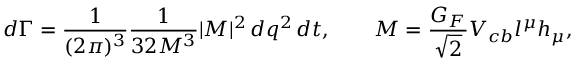
d \Gamma = { \frac { 1 } { ( 2 \pi ) ^ { 3 } } } { \frac { 1 } { 3 2 M ^ { 3 } } } | { \cal M } | ^ { 2 } \, d q ^ { 2 } \, d t , \qquad { \cal M } = { \frac { G _ { F } } { \sqrt { 2 } } } V _ { c b } l ^ { \mu } h _ { \mu } ,